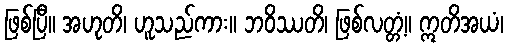
ဖြစ်ပြီ။ အဟုတိ၊ ဟူသည်ကား။ ဘဝိဿတိ၊ ဖြစ်လတ္တံ့။ ဣတိအယံ၊